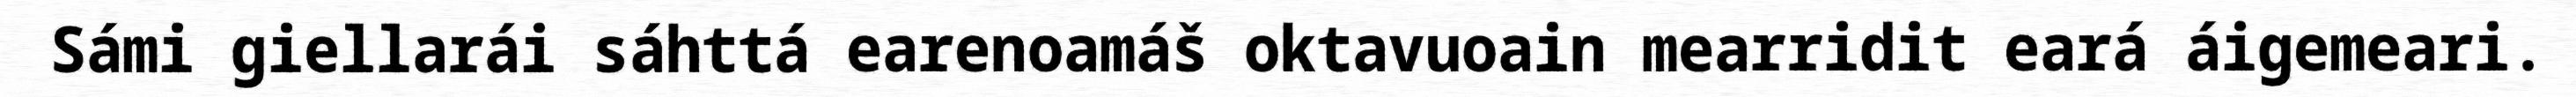
Sámi giellarái sáhttá earenoamáš oktavuoain mearridit eará áigemeari.